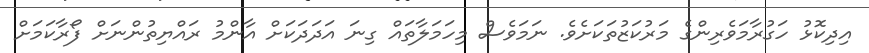
އިދިކޮޅު ހަގުރާމަވެރިންގެ މަރުކަޒުތަކަށެވެ. ނަމަވެސް މިހަމަލާތައް ގިނަ އަދަދަކަށް އާންމު ރައްޔިތުންނަށް ފޯރާކަމަށް